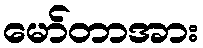
မော်တာအား